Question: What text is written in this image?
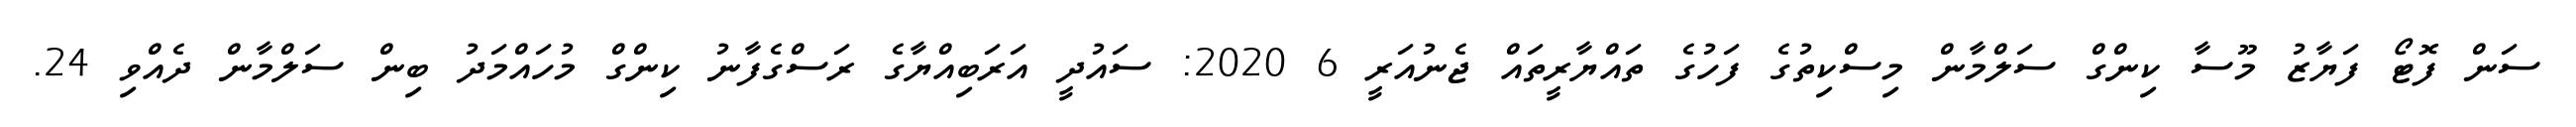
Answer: ސަން ފޮޓޯ ފަޔާޒު މޫސާ ކިންގް ސަލްމާން މިސްކިތުގެ ފަހުގެ ތައްޔާރީތައް ޖެނުއަރީ 6 2020: ސައުދީ އަރަބިއްޔާގެ ރަސްގެފާނު ކިންގް މުހައްމަދު ބިން ސަލްމާން ދެއްވި 24.